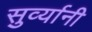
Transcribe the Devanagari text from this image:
सुर्व्यानी